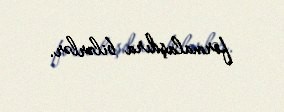
formalaşdıra bilərlər.